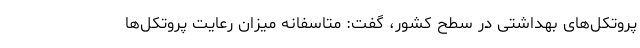
پروتکل‌های بهداشتی در سطح کشور، گفت: متاسفانه میزان رعایت پروتکل‌ها